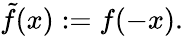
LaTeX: {\tilde{f}}(x):=f(-x).